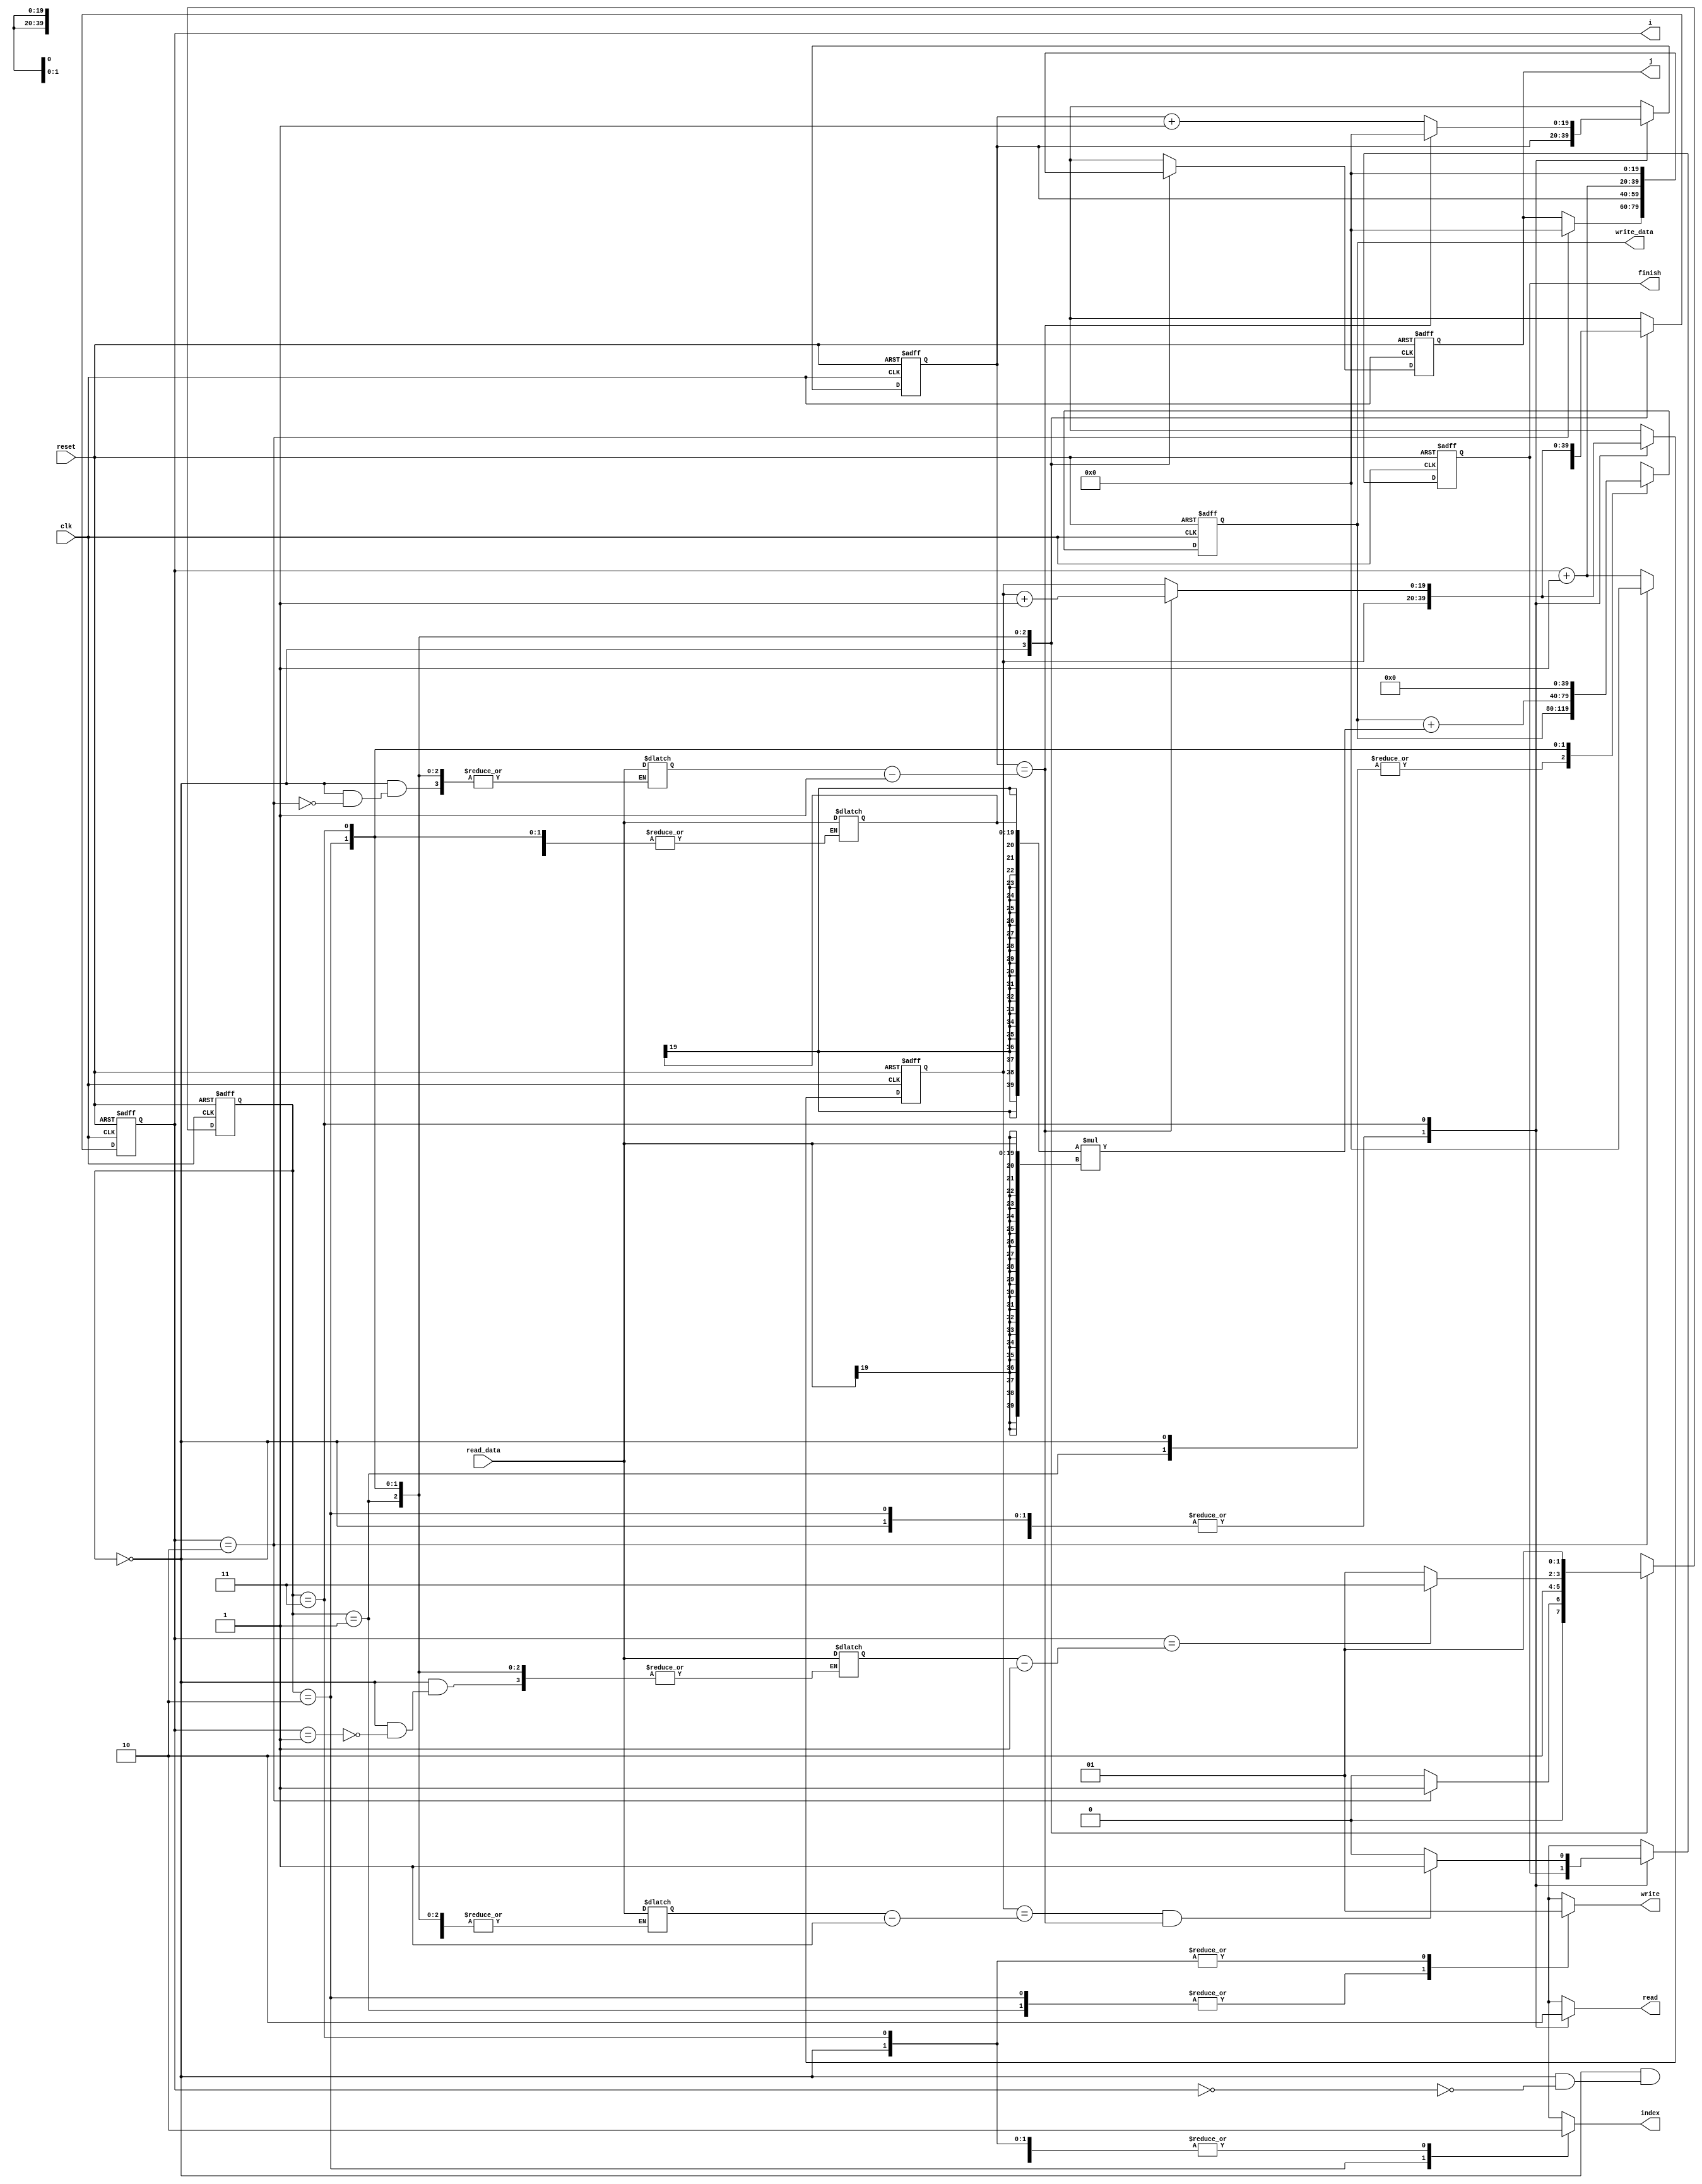
`define SIZE    2'd0
`define READ_A  2'd1
`define READ_B  2'd2
`define WRITE   2'd3

module MM(clk,i,j,reset,read,write,index,read_data,write_data,finish);
	parameter n=20;
	
	input reset,clk;
	input signed [n-1:0]read_data;
	
	output [n-1:0]i,j;
	output read,write,index,finish;
	output [2*n-1:0]write_data;

	reg[1:0] state, next_state;
	reg[n-1:0] i , j, next_i,next_j;
	reg signed[2*n-1:0]write_data, next_write_data;
	reg read,write,index,finish,next_finish;
	reg signed[n-1:0]temp;
	reg [n-1:0]row1,column1,row2,column2;
	reg [n-1:0]row,column,next_row,next_column;

	// state reg
	always @(posedge clk or posedge reset) begin
		if (reset) begin
			state <= `SIZE;
			i     <= 20'd0;
			j     <= 20'd0;
			row   <= 20'd0;
			column<= 20'd0;
			write_data<= 40'd0;
			finish<= 1'd0;
		end
		else begin
			state <= next_state;
			i  <= next_i;
			j <= next_j;
			row <= next_row;
			column <= next_column;
			write_data<= next_write_data;
			finish <= next_finish;
		end
	end

// next state logic
	always @(*) begin
		next_state = state;

		case(state)
			`SIZE:begin
				next_state = (i == 20'd2)? `READ_A : `SIZE;
			end

			`READ_A:begin
				next_state =  `READ_B;
			end

			`READ_B:begin
				next_state = (i ==column1-20'd1)? `WRITE : `READ_A;
			end

			`WRITE:begin
				next_state = `READ_A;
			end
		endcase
	end

// output logic
	always @(*) begin
		next_i = i;
		next_j = j;
		next_row = row;
		next_column = column;
		next_write_data = write_data;
		next_finish = finish;

		case(state)
			`SIZE:begin
				read     = 1'b1;
                write    = 1'b1;
                index    = 1'b0;
                next_i   = i + 20'd1;

				if(i == 20'd0)begin
                    row1    = read_data;
                end

                if(i == 20'd1)begin
                    column1 = read_data;
                    row2    = read_data;
                end

                if(i == 20'd2)begin
                    column2 = read_data;
                    next_i = 20'd0;
                    next_j = 20'd0;
                end
			end

			`READ_A:begin
				read     = 1'b1;
                write    = 1'b0;
                index    = 1'b0;
                next_i = j;
                next_j = column;
                temp = read_data;
            end

            `READ_B:begin
            	read     = 1'b1;
                write    = 1'b0;
                index    = 1'b1;

                next_write_data = write_data + {{20{temp[19]}},temp}*{{20{read_data[19]}},read_data};
            	next_i = row;
            	next_j = i + 20'd1;
            end

            `WRITE:begin
            	read     = 1'b0;
                write    = 1'b1;
                index    = 1'b0;

                next_j = 20'd0;
                next_write_data = 40'd0;

                if (column == column2-20'd1) begin
                	next_i = row+20'd1;
                	next_row = row+20'd1;
                	next_column = 20'd0;
                end

                else begin
                	next_i = row;
                	next_row = row;
                	next_column = column + 20'd1;
                end

                if (row ==row1-20'd1 && column == column2-20'd1) begin
                	next_finish = 1'b1;
                	end
                	else begin
                		next_finish = 1'b0;
                	end
         	
                end
            endcase
    end

endmodule